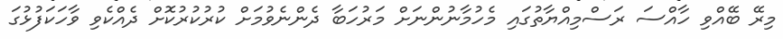
މިރޭ ބޭއްވި ހާއްސަ ރަސްމިއްޔާތުގައި މެހުމާނުންނަށް މަރުހަބާ ދެންނެވުމަށް ކުރުކުރުކޮށް ދެއްކެވި ވާހަކަފުޅުގަ